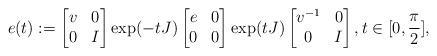
LaTeX: \begin{align*} e(t):= \begin{bmatrix} v & 0 \\ 0 & I\end{bmatrix} \exp(-tJ) \begin{bmatrix} e & 0 \\ 0 & 0 \end{bmatrix}\exp(tJ) \begin{bmatrix} v^{-1} & 0 \\ 0 & I \end{bmatrix} , t \in [0, \frac \pi 2] ,\end{align*}